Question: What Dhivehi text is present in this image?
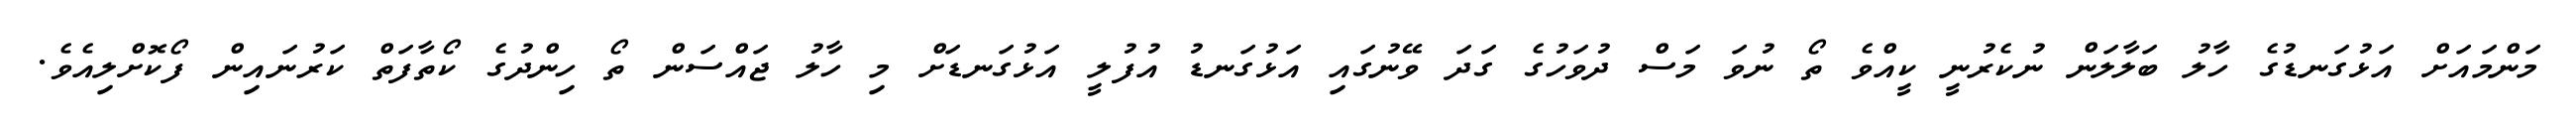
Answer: މަންމައަށް އަޅުގަނޑުގެ ހާލު ބަލާލަން ނުކެރުނީ ކީއްވެ ތޯ ނުވަ މަސް ދުވަހުގެ ގަދަ ވޭނުގައި އަޅުގަނޑު އުފުލީ އަޅުގަނޑަށް މި ހާލު ޖައްސަން ތޯ ހިންދުގެ ކޯތާފަތް ކަރުނައިން ފޯކޮށްލިއެވެ.